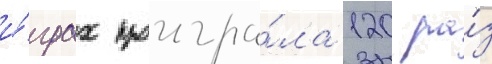
и́грах проигра́ла 120 ра́з